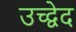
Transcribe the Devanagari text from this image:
उच्द्वेद